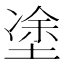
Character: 𡍼